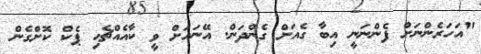
"އަހަރެންނަށް ފެންނަނީ އިބާ ގެއަށް ގެންދަން. އޭނައަށް ވީ ކާއެއްޗެހި ޕެކް ކޮށްގެން